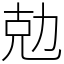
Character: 勊